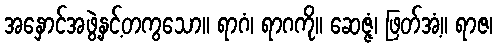
အနှောင်အဖွဲ့နှင့်တကွသော။ ရာဂံ၊ ရာဂကို။ ဆေဇ္ဇံ၊ ဖြတ်အံ့။ ရာဇ၊